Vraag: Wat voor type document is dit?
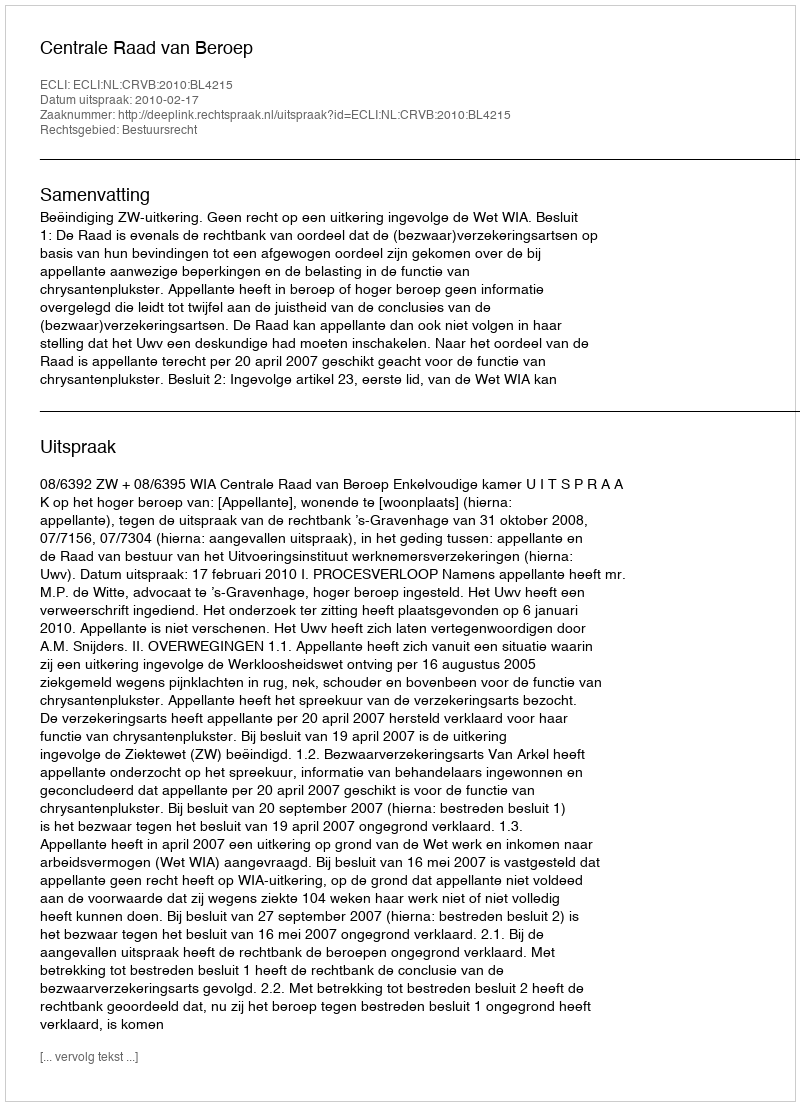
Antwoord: Uitspraak